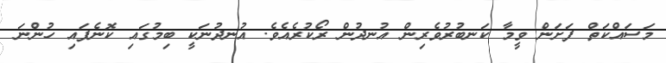
މަސައްކަތް ފަށަން ވީމާ ކަނބުރުވެރިން އުނދުން ރޯކުރެއެވެ. އުނދުނަކީ ބިމުގައި ކޮނެފައި ހުންނަ